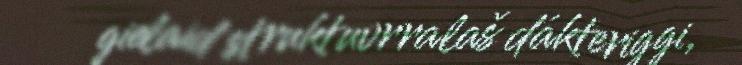
gielaid struktuvrralaš dákteriggi,